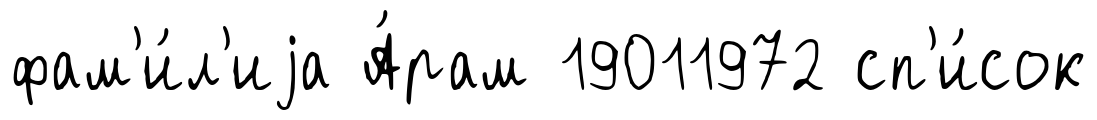
фам'и́л'иjа А́рам 19011972 сп'и́сок